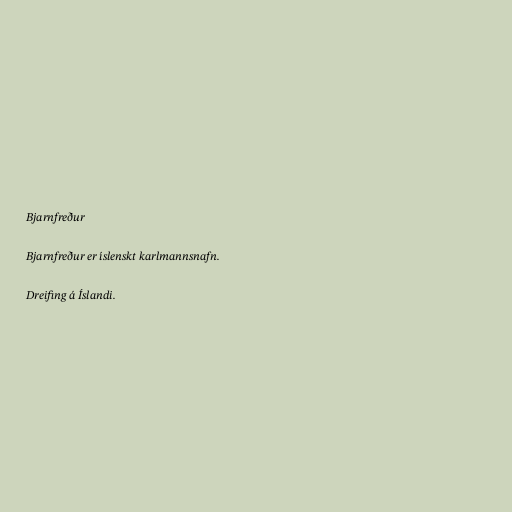
Bjarnfreður

Bjarnfreður er íslenskt karlmannsnafn.

Dreifing á Íslandi.